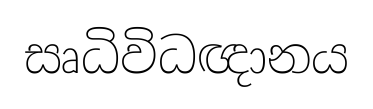
සෘධිවිධඥානය